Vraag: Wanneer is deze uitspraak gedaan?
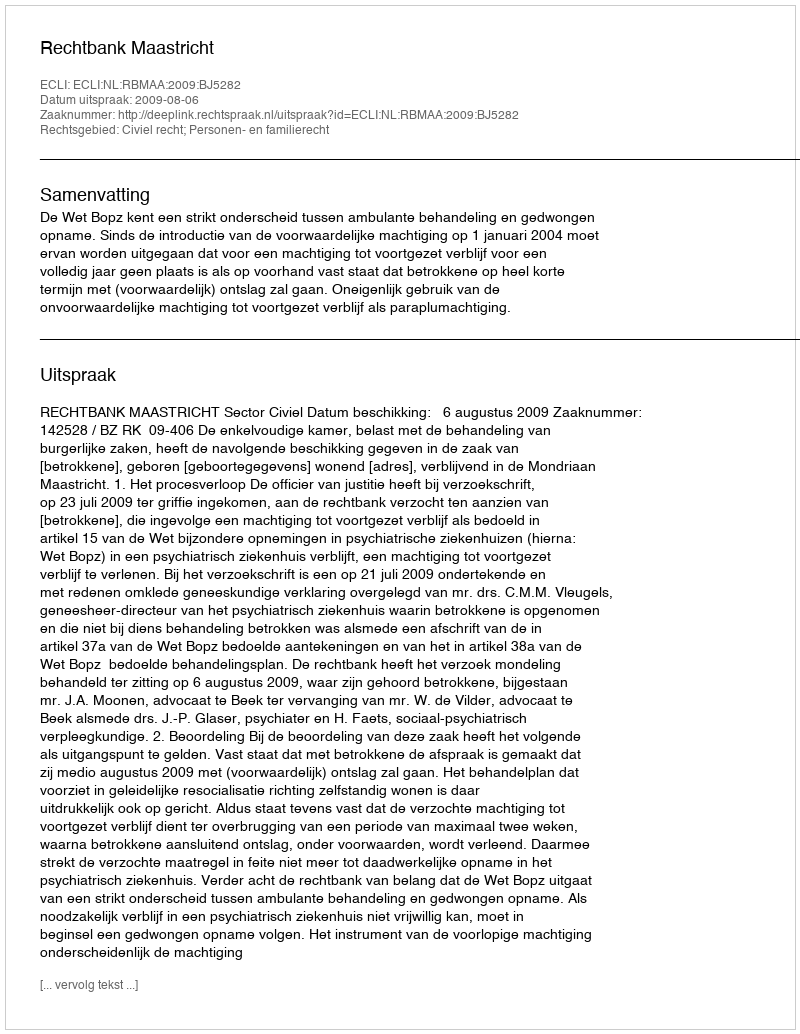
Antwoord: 2009-08-06